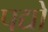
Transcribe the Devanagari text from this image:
पद्यो